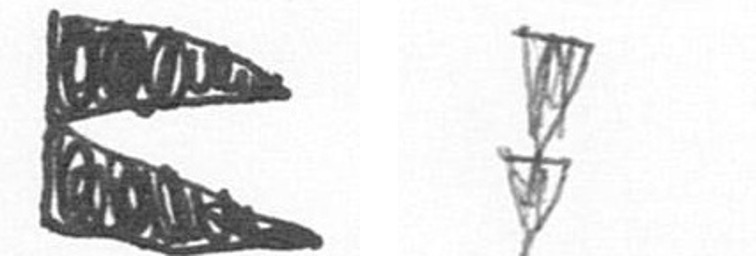
P Z